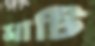
মাটি